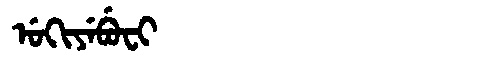
Manchu: ᡠᡴᡳᠶᡝᠪᡠᠸᡳ
Romanization: UKIYEBUFI